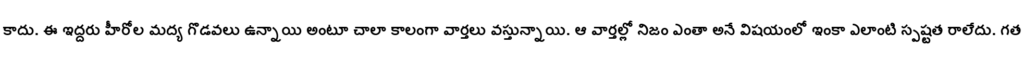
కాదు. ఈ ఇద్దరు హీరోల మద్య గొడవలు ఉన్నాయి అంటూ చాలా కాలంగా వార్తలు వస్తున్నాయి. ఆ వార్తల్లో నిజం ఎంతా అనే విషయంలో ఇంకా ఎలాంటి స్పష్టత రాలేదు. గత